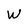
Character: W